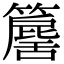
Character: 𥶕